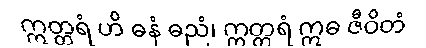
ဣတ္တရံ ဟိ ဓနံ ဓညံ၊ ဣတ္တရံ ဣဓ ဇီဝိတံ